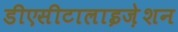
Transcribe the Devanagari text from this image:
डीएसीटालाइज़ेशन